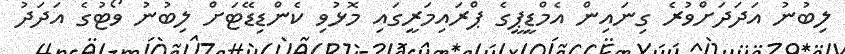
ލިބުނު އަދަދަށްވުރެ ގިނައިން އެމްޑީޕީގެ ޕްރައިމަރީގައި މޮޅުވި ކެންޑިޑޭޓަށް ލިބުނު ވޯޓުގެ އަދަދު